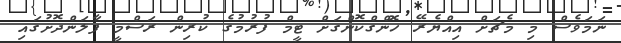
ނަމަވެސް މި މެޗަށް އިއްޔެރޭ ހޮންގްކޮންގަށް ޓީމް ފުރުމުގެ ކުރިން ރަސްމީ ފާލަންދޮށުގައި